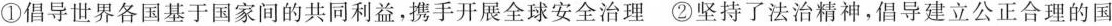
①倡导世界各国基于国家间的共同利益，携手开展全球安全治理②坚持了法治精神，倡导建立公正合理的国